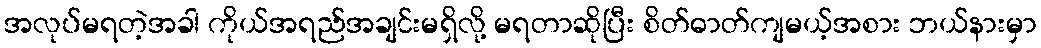
အလုပ်မရတဲ့အခါ ကိုယ်အရည်အချင်းမရှိလို့ မရတာဆိုပြီး စိတ်ဓာတ်ကျမယ့်အစား ဘယ်နားမှာ